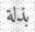
بذلة